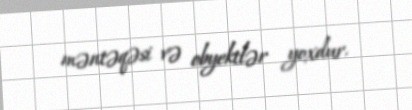
məntəqəsi və obyektlər yoxdur.